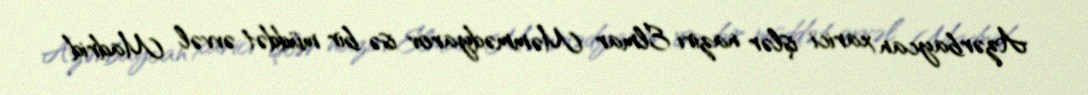
Azərbaycan xarici işlər naziri Elmar Məmmədyarov isə bir müddət əvvəl Madrid